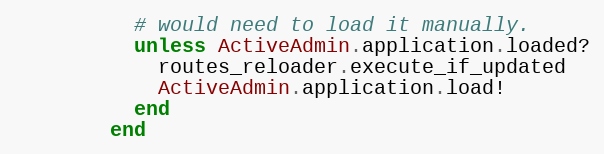
Language: Ruby
          # would need to load it manually.
          unless ActiveAdmin.application.loaded?
            routes_reloader.execute_if_updated
            ActiveAdmin.application.load!
          end
        end